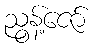
ညွန့်ဇော်